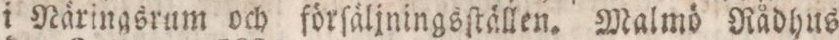
i Näringsrum och förſäljningsſtällen. Malmd Rådhus